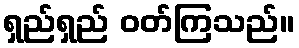
ရှည်ရှည် ဝတ်ကြသည်။